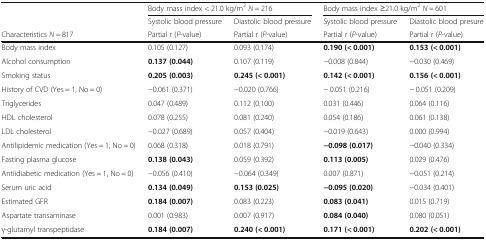
<table><thead><tr><td rowspan="2"></td><td colspan="2"><b>Body mass index &lt; 21.0 kg/m<sup>2</sup> <i>N</i> = 216</b></td><td colspan="2"><b>Body mass index ≥21.0 kg/m<sup>2</sup> <i>N</i> = 601</b></td></tr><tr><td><b>Systolic blood pressure</b></td><td><b>Diastolic blood pressure</b></td><td><b>Systolic blood pressure</b></td><td><b>Diastolic blood presure</b></td></tr><tr><td><b>Characteristics <i>N</i> = 817</b></td><td><b>Partial r (<i>P</i>-value)</b></td><td><b>Partial r (<i>P</i>-value)</b></td><td><b>Partial r (<i>P</i>-value)</b></td><td><b>Partial r (<i>P</i>-value)</b></td></tr></thead><tbody><tr><td>Body mass index</td><td>0.105 (0.127)</td><td>0.093 (0.174)</td><td><b>0.190 (&lt; 0.001)</b></td><td><b>0.153 (&lt; 0.001)</b></td></tr><tr><td>Alcohol consumption</td><td><b>0.137 (0.044)</b></td><td>0.107 (0.119)</td><td>−0.008 (0.844)</td><td>−0.030 (0.469)</td></tr><tr><td>Smoking status</td><td><b>0.205 (0.003)</b></td><td><b>0.245 (&lt; 0.001)</b></td><td><b>0.142 (&lt; 0.001)</b></td><td><b>0.156 (&lt; 0.001)</b></td></tr><tr><td>History of CVD (Yes = 1, No = 0)</td><td>−0.061 (0.371)</td><td>−0.020 (0.766)</td><td>− 0.051 (0.216)</td><td>− 0.051 (0.209)</td></tr><tr><td>Triglycerides</td><td>0.047 (0.489)</td><td>0.112 (0.100)</td><td>0.031 (0.446)</td><td>0.064 (0.116)</td></tr><tr><td>HDL cholesterol</td><td>0.078 (0.255)</td><td>0.081 (0.240)</td><td>0.054 (0.186)</td><td>0.061 (0.138)</td></tr><tr><td>LDL cholesterol</td><td>−0.027 (0.689)</td><td>0.057 (0.404)</td><td>−0.019 (0.643)</td><td>0.000 (0.994)</td></tr><tr><td>Antilipidemic medication (Yes = 1, No = 0)</td><td>0.068 (0.318)</td><td>0.018 (0.791)</td><td><b>−0.098 (0.017)</b></td><td>−0.040 (0.334)</td></tr><tr><td>Fasting plasma glucose</td><td><b>0.138 (0.043)</b></td><td>0.059 (0.392)</td><td><b>0.113 (0.005)</b></td><td>0.029 (0.476)</td></tr><tr><td>Antiidiabetic medication (Yes = 1, No = 0)</td><td>−0.056 (0.410)</td><td>−0.064 (0.349)</td><td>0.007 (0.871)</td><td>−0.051 (0.214)</td></tr><tr><td>Serum uric acid</td><td><b>0.134 (0.049)</b></td><td><b>0.153 (0.025)</b></td><td><b>−0.095 (0.020)</b></td><td>−0.034 (0.401)</td></tr><tr><td>Estimated GFR</td><td><b>0.184 (0.007)</b></td><td>0.083 (0.223)</td><td><b>0.083 (0.041)</b></td><td>0.015 (0.719)</td></tr><tr><td>Aspartate transaminase</td><td>0.001 (0.983)</td><td>0.007 (0.917)</td><td><b>0.084 (0.040)</b></td><td>0.080 (0.051)</td></tr><tr><td>γ-glutamyl transpeptidase</td><td><b>0.184 (0.007)</b></td><td><b>0.240 (&lt; 0.001)</b></td><td><b>0.171 (&lt; 0.001)</b></td><td><b>0.202 (&lt; 0.001)</b></td></tr></tbody></table>